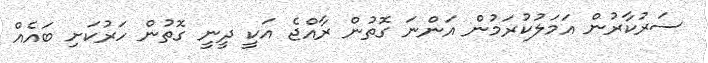
ސަރުކާރުން އަމަލުކުރަމުން އަންނަ ގޮތުން ރާއްޖެ އަކީ ދީނީ ގޮތުން ހަރުކަށި ބައެއް